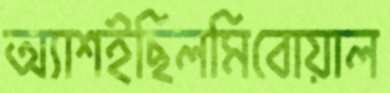
অ্যাশইছিলমিবোয়াল